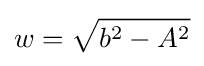
w={\sqrt {b^{2}-A^{2}}}